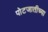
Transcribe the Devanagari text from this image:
पोटजातीच्या